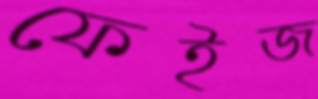
ফেইজ